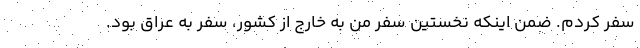
سفر كردم. ضمن اينكه نخستين سفر من به خارج از كشور، سفر به عراق بود.